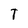
Character: T